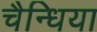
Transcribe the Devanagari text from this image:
चैन्धिया